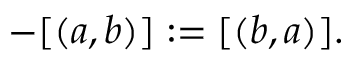
- [ ( a , b ) ] : = [ ( b , a ) ] .